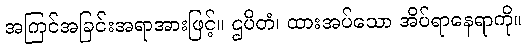
အကြင်အခြင်းအရာအားဖြင့်။ ဌပိတံ၊ ထားအပ်သော အိပ်ရာနေရာကို။